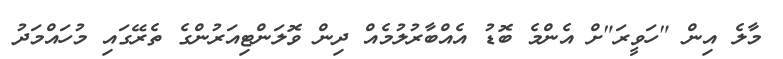
މާލެ އިން "ހަވީރަ"ށް އެންމެ ބޮޑު އެއްބާރުލުމެއް ދިން ވޮލަންޓިއަރުންގެ ތެރޭގައި މުހައްމަދު